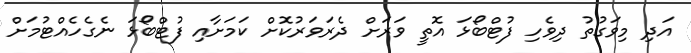
އަދި މިވަގުތު ދިވެހި ފުޓްބޯޅަ އޮތީ ވަރަށް ދެރަވަރުކޮށް ކަމަށާއި ފުޓްބޯޅަ ނެގެހެއްޓުމަށް